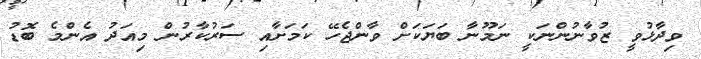
ވިދާޅުވީ ޒުވާނުންނަކީ ނަމޫނާ ބަޔަކަށް ވާންޖެހޭ ކަމަށާއި ސަރުކާރުން މިއަދު އެންމެ ބޮޑު